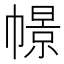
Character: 幜